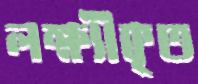
লক্ষ্যীকৃত